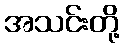
အသင်းတို့